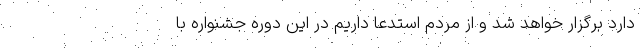
دارد برگزار خواهد شد و از مردم استدعا داریم در این دوره جشنواره با